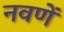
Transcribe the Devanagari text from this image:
नवणें